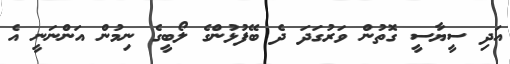
އަދި ސީޔާސީ ގޮތުން ވަރުގަދަ ދެ ބޭފުޅުންގެ ލޯބީގެ ނިމުން އަންނަނީ އެ